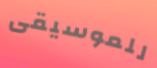
للموسيقى